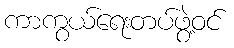
ကာကွယ်ရေးတပ်ဖွဲ့ဝင်